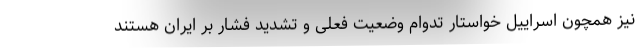
نیز همچون اسراییل خواستار تدوام وضعیت فعلی و تشدید فشار بر ایران هستند